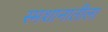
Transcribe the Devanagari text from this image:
स्मशानातीला